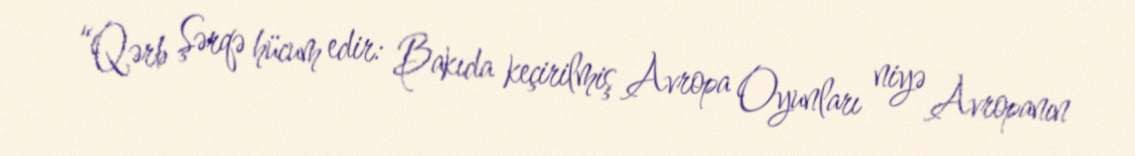
“Qərb Şərqə hücum edir: Bakıda keçirilmiş Avropa Oyunları niyə Avropanın